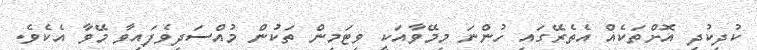
ކުދިކުދި އޮށްތަކެއް އެތެރޭގައި ހުންނަ މިމޭވާއަކީ ވިޓަމިން ތަކުން މުއްސަދިވެފައިވާ މޭވާ އެކެވެ.